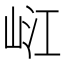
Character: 𡷍